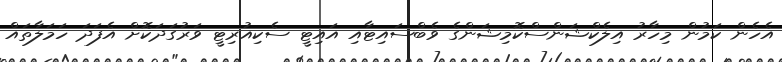
އެހެން ކަމުން މިހާރު އިލެކްޝަންސްކޮމިޝަންގެ ވެބްސައިޓާއި އައިޓީ ސެކިއުރިޓީ ވަރުގަދަކޮށް އެފަދަ ހަމަލާތައް